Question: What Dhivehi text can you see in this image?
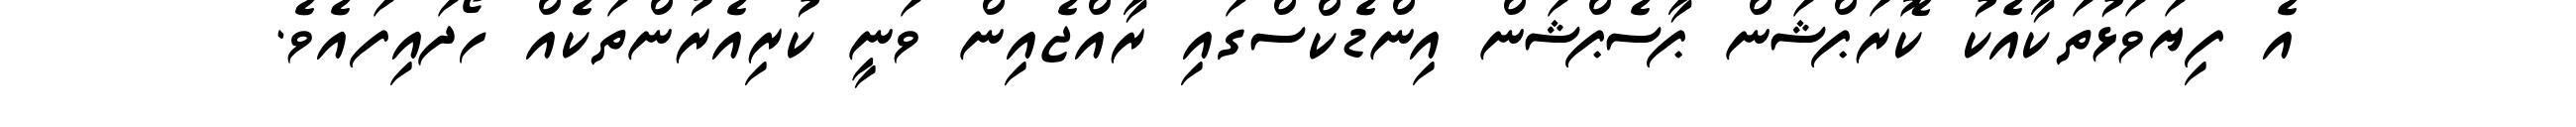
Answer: އެ ފިޔަވަޅުތަކާއެކު ކޮރަޕްޝަން ޕާސެޕްޝަން އިންޑެކްސްގައި ރާއްޖެއިން ވަނީ ކުރިއެރުންތަކެއް ހޯދައިފައެވެ.